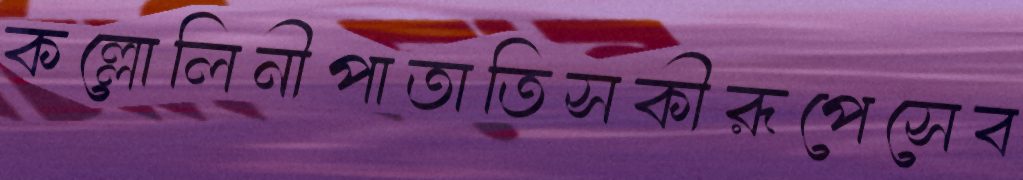
কল্লোলিনীপাতাতিসকীরূপেসেব